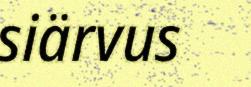
siärvus